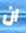
ان